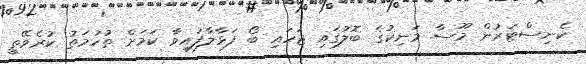
ކެނިސްޓަރުން މޫސާ މަނިކުގެ ބޮލުގައި ޖަހައި ބޯ ފަޅާލާފައިވާ ކަމަށް ތުހުމަތު ކުރެވޭތީ